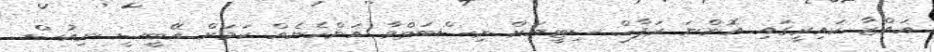
ޣައްޒާ ކައިރީގައި އޮންނަ ރަފާހް ސިޓީއަށް ނިސްބަތްވާ އަންހެނެއް ކަމަށް އޭބީސީ ނިއުސް